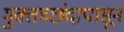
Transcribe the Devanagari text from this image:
मुक्तच्‍छंदापासून